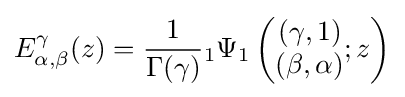
E_{\alpha ,\beta }^{\gamma }(z)={\frac {1}{\Gamma (\gamma )}}{}_{1}\Psi _{1}\left({\begin{matrix}\left(\gamma ,1\right)\\(\beta ,\alpha )\end{matrix}};z\right)